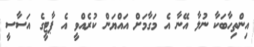
އިންތިހާބަކާ ނުލާ އޭނާ އެ މަގާމަށް އައްޔަން ކުރެއްވީ އެ ޕާޓީގެ އަސާސީ